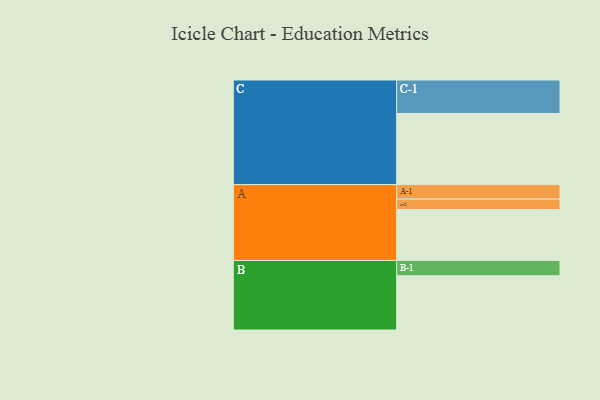
{"axis": {"x": "Segment", "y": "Value"}, "legend": ["", "A", "B", "C"], "data": [{"x": "A", "y": 420, "type": ""}, {"x": "B", "y": 447, "type": ""}, {"x": "C", "y": 586, "type": ""}, {"x": "A-1", "y": 119, "type": "A"}, {"x": "A-2", "y": 86, "type": "A"}, {"x": "B-1", "y": 126, "type": "B"}, {"x": "C-1", "y": 276, "type": "C"}]}